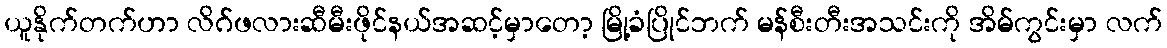
ယူနိုက်တက်ဟာ လိဂ်ဖလားဆီမီးဖိုင်နယ်အဆင့်မှာတော့ မြို့ခံပြိုင်ဘက် မန်စီးတီးအသင်းကို အိမ်ကွင်းမှာ လက်